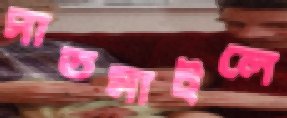
সাতমাইলে